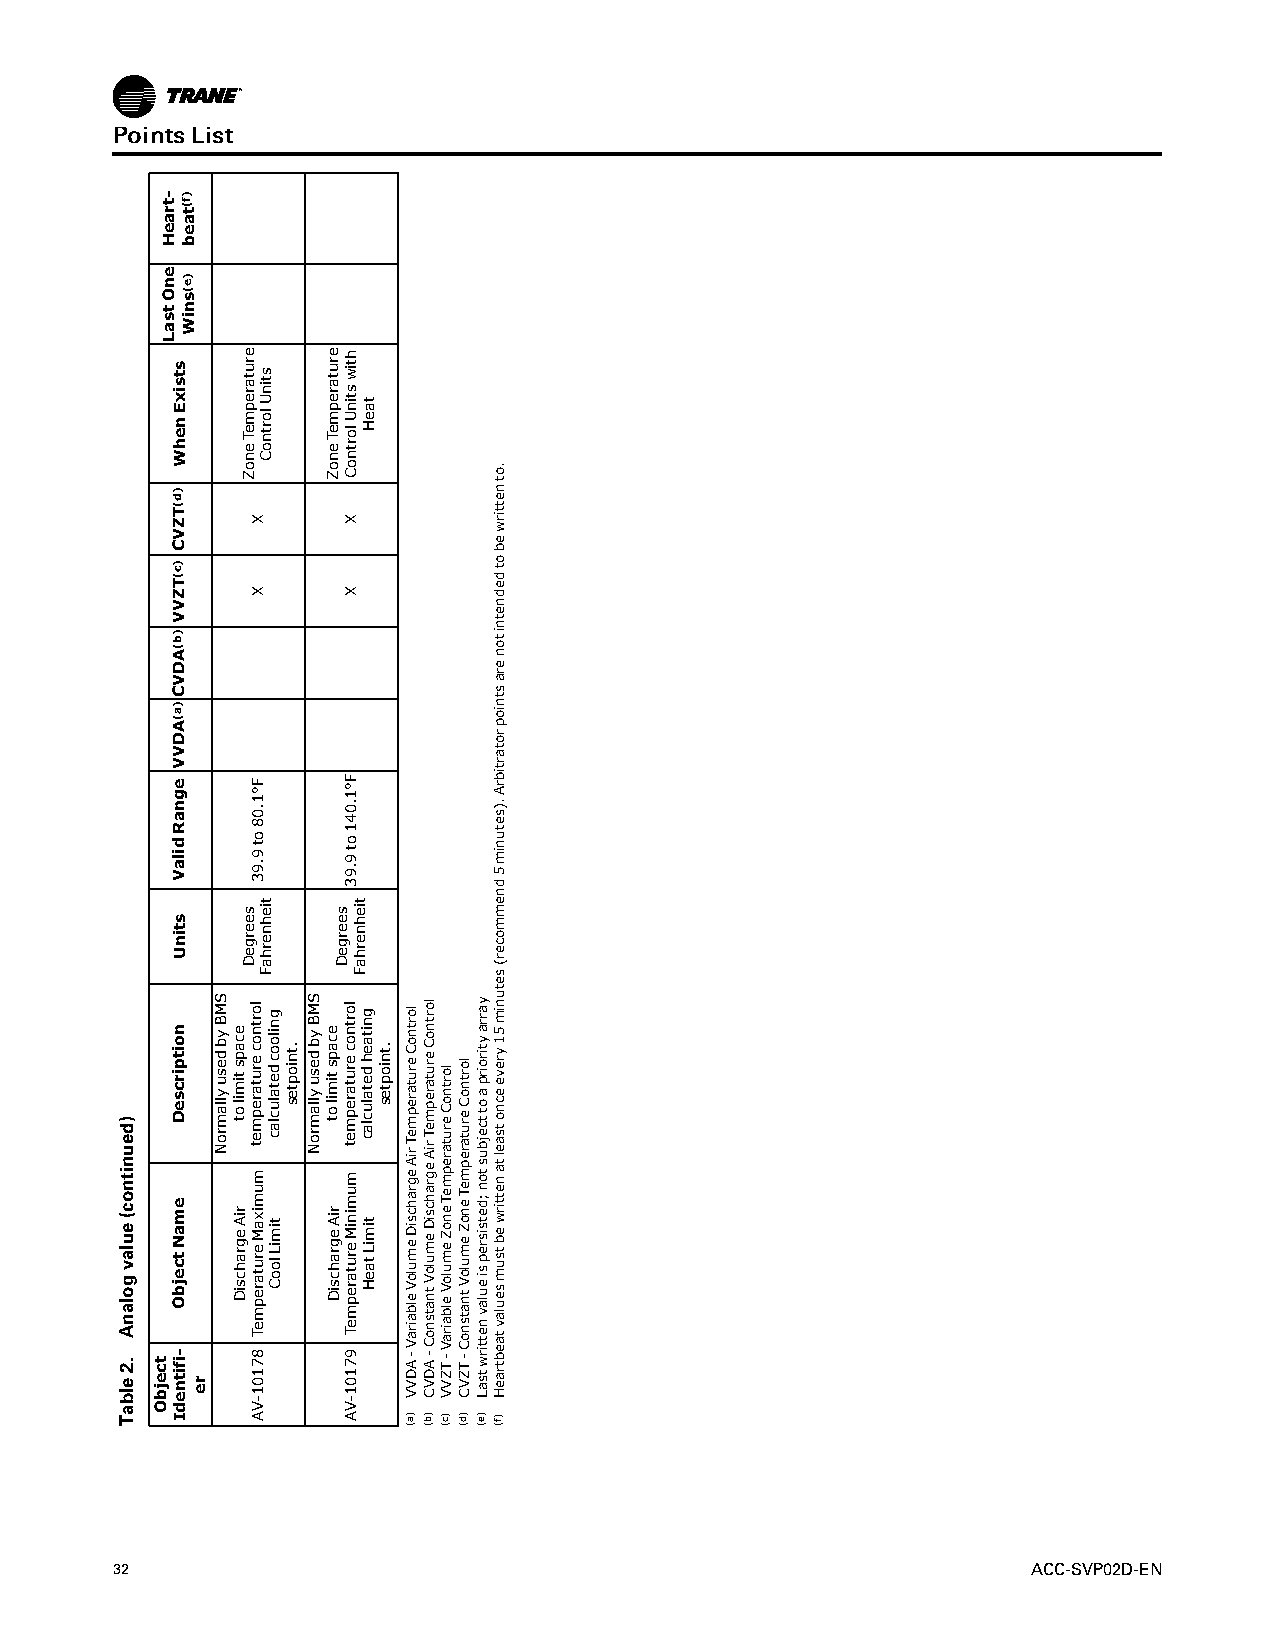
PPooiinnttssLLiisstt
 32                                                           ACC-SVP02D-EN
 )deunitnoc(eulavgolanA
 .2elbaT tcejbO
 -traeH
 enOtsaL
 stsixEnehW
 )d(TZVC
 )c(TZVV
 )b(ADVC)a(ADVV
 egnaRdilaV
 stinU
 noitpircseD
 emaNtcejbO
 -ifitnedI
 )f(taeb
 )e(sniW
 re
 SMBybdesuyllamroN
 ecapstimilot
 riAegrahcsiD
 erutarepmeTenoZ
 seergeD
 X
 X
 F°1.08ot9.93
 lortnocerutarepmet
 mumixaMerutarepmeT
 87101-VA
 stinUlortnoC
 tiehnerhaF
 gniloocdetaluclac
 timiLlooC
 .tnioptes
 SMBybdesuyllamroN
 erutarepmeTenoZ
 ecapstimilot
 riAegrahcsiD
 seergeD
 htiwstinUlortnoC
 X
 X
 F°1.041ot9.93
 lortnocerutarepmet
 muminiMerutarepmeT
 97101-VA
 tiehnerhaF
 taeH
 gnitaehdetaluclac
 timiLtaeH
 .tnioptes
 lortnoCerutarepmeTriAegrahcsiDemuloVelbairaV-ADVV
 )a(
 lortnoCerutarepmeTriAegrahcsiDemuloVtnatsnoC-ADVC
 )b(
 lortnoCerutarepmeTenoZemuloVelbairaV-TZVV
 )c(
 lortnoCerutarepmeTenoZemuloVtnatsnoC-TZVC
 )d(
 yarraytiroirpaottcejbuston;detsisrepsieulavnettirwtsaL
 )e(
 .otnettirwebotdednetnitonerastnioprotartibrA.)setunim5dnemmocer(setunim51yreveecnotsaeltanettirwebtsumseulavtaebtraeH
 )f(